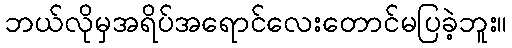
ဘယ်လိုမှအရိပ်အရောင်လေးတောင်မပြခဲ့ဘူး။